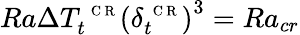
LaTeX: Ra\Delta T_{t}^{\mathrm{~\scriptsize~C~R~}}\left(\delta_{t}^{\mathrm{~\scriptsize~C~R~}}\right)^{3}=Ra_{cr}